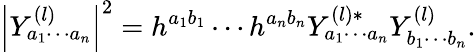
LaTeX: \left|Y_{a_{1}\cdots a_{n}}^{(l)}\right|^{2}=h^{a_{1}b_{1}}\cdots h^{a_{n}b_{n}}Y_{a_{1}\cdots a_{n}}^{(l)*}Y_{b_{1}\cdots b_{n}}^{(l)}.